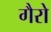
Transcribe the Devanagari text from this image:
गैरो